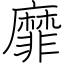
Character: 靡